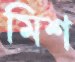
মিশ